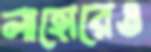
লাহোরেও